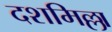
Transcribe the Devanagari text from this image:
दशमिल्ला